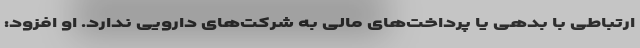
ارتباطی با بدهی یا پرداخت‌های مالی به شرکت‌های دارویی ندارد. او افزود: